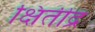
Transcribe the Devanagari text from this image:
क्षितींद्र